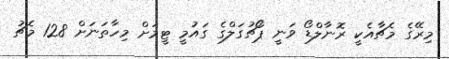
މިރޭގެ މެޗާއެކީ ރޮނާލްޑޯ ވަނީ ޕޯޗުގަލްގެ ގައުމީ ޓީމަށް މިހާތަނަށް 128 މެޗު